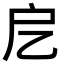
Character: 戹